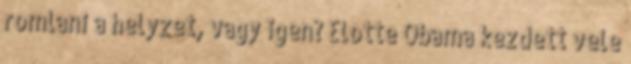
romlani a helyzet, vagy igen? Elotte Obama kezdett vele